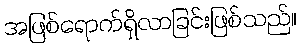
အဖြစ်ရောက်ရှိလာခြင်းဖြစ်သည်။